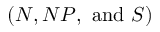
( N , N P , { \mathrm { ~ a n d ~ } } S ) \,